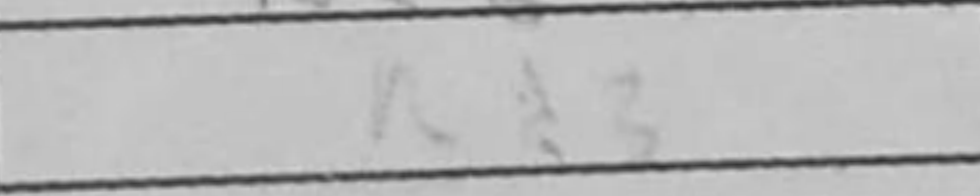
Transcription: Rd3